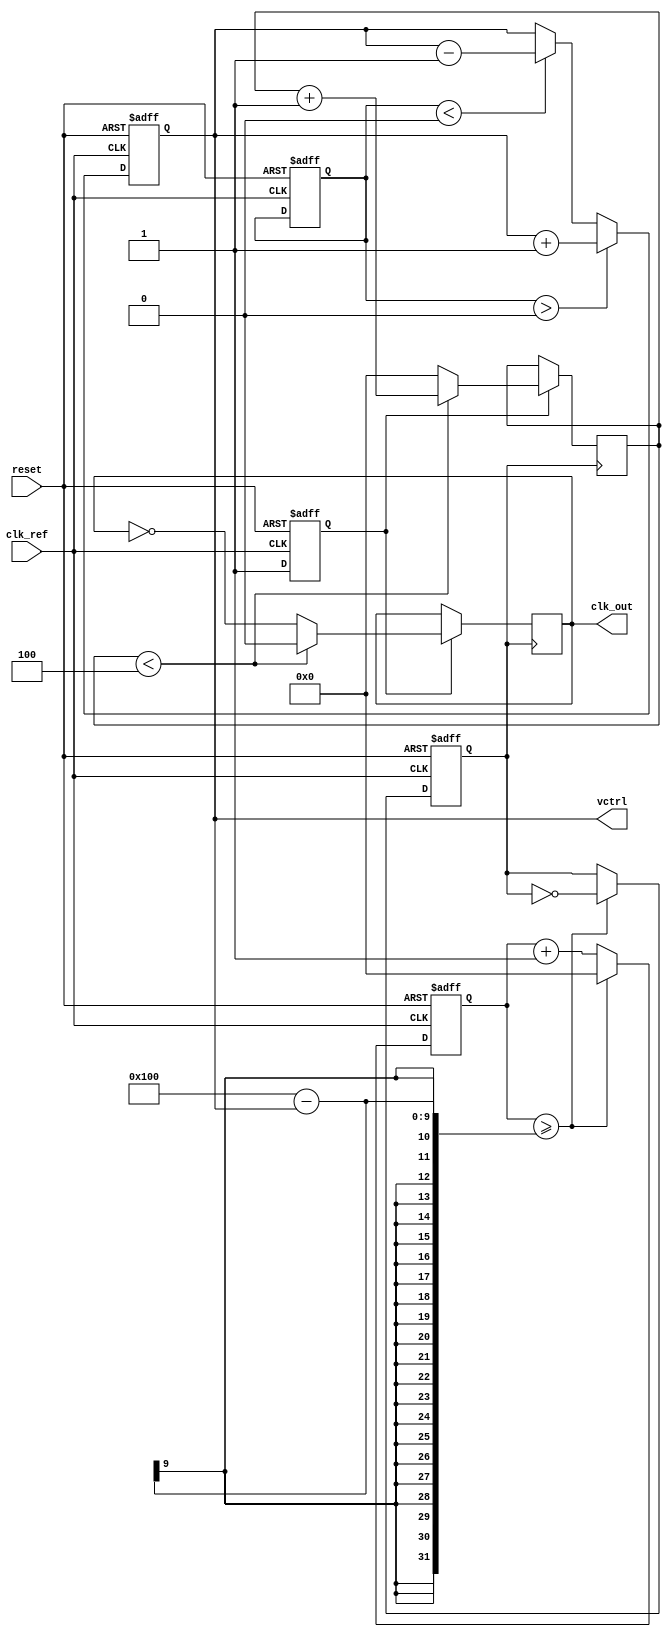
module frac_n_pll (
    input wire clk_ref,         // Reference clock
    input wire reset,           // Reset signal
    output wire clk_out,        // Output clock signal
    output reg [7:0] vctrl      // Control voltage for VCO (simulated)
);
    
    // Parameters
    parameter N = 4;            // Integer division
    parameter M = 3;            // Fractional division (representing non-integer)
    
    // Intermediate signals
    reg [15:0] phase_err;       // Phase error signal from PFD
    reg [15:0] vco_count;       // Counter for VCO
    reg [15:0] vco_div_count;   // Counter for fractional divider
    reg vco_clk;                // VCO output clock
    reg clk_enable;             // Enable for output clk generation

    // PFD implementation
    always @(posedge clk_ref or posedge reset) begin
        if (reset) 
            phase_err <= 0; // Reset phase error
        else begin
            // Simulated phase detection logic
            // Compare reference clock with feedback clock (vco_clk)
            // In practical scenarios, we would implement this with edge detection
            // For simulation, we assume some phase error calculation
            // Pseudocode logic for phase comparison
            
            // Update phase_err based on clk_ref and vco_clk (to be developed)
            // Example: phase_err <= ...;
        end
    end

    // Charge Pump implementation
    always @(posedge clk_ref or posedge reset) begin
        if (reset) begin
            vctrl <= 8'b00000000; // Reset control voltage
        end else begin
            // Generate control voltage based on phase_err
            // Simulate the charge pump behavior
            if (phase_err > 0)
                vctrl <= vctrl + 1; // Increase control voltage
            else if (phase_err < 0)
                vctrl <= vctrl - 1; // Decrease control voltage
            // Clamp vctrl to 0-255 (if necessary)
        end
    end

    // VCO implementation
    always @(posedge clk_ref or posedge reset) begin
        if (reset) begin 
            vco_count <= 0;
            vco_clk <= 0;
        end else begin 
            // Simulate VCO behavior with tuning range based on vctrl
            // Update vco_count based on vctrl (to be developed)
            // Example: if (vctrl > some_threshold) vco_clk = 1;
            // This is oversimplified; actual VCO implementation required
            vco_count <= vco_count + 1; // Increment VCO count
            if (vco_count >= (256 - vctrl)) begin // Control based on vctrl
                vco_clk <= ~vco_clk; // Toggle vco_clk
                vco_count <= 0; // Reset count
            end
        end
    end

    // Frequency Divider
    always @(posedge vco_clk) begin
        if (clk_enable) begin
            // Implementing fractional division logic here
            // This is a simplified example. An actual implementation would
            // require more sophisticated logic to achieve fractional division.
            if (vco_div_count < N) begin
                clk_out <= 0;
                vco_div_count <= vco_div_count + 1;
            end else begin
                clk_out <= ~clk_out; // Toggle  output clk after N cycles
                vco_div_count <= 0; // Reset divider count
            end
        end
    end

    // Enable Logic for Output Clock
    always @(posedge clk_ref or posedge reset) begin
        if (reset)
            clk_enable <= 0;
        else
            clk_enable <= 1; // Enable the output clock
    end

endmodule